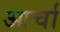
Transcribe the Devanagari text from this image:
आर्चा